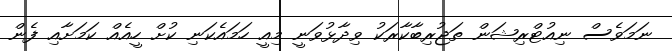
ނަމަވެސް ނިއުޓްރިޝަން ތަޖުރިބާކާރަކު ވިދާޅުވަނީ މިއީ ހަމައެކަނި ކުށް ހީއެއް ކަމަށާއި ފެން